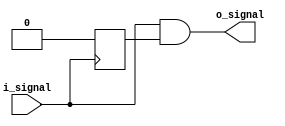
module transmission_gate_delay(
    input wire i_signal,
    output reg o_signal
);

reg gate_control;

always @ (posedge i_signal)
begin
    gate_control <= 1'b1;
    #10 gate_control <= 1'b0;
end

assign o_signal = i_signal & gate_control;

endmodule